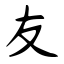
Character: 友